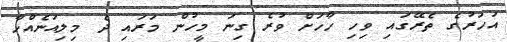
އަހަރުގެ ތެރޭގައި ވިހި ހާހަށް ވުރެ ގިނަ މީހުން މަރައި ދެ މިލިއަނެއްހާ